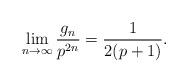
LaTeX: \begin{align*}\lim_{n \to \infty} \frac{g_n}{p^{2n}} = \frac{1}{2(p+1)}.\end{align*}